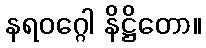
နရဝဂ္ဂေါ နိဋ္ဌိတော။